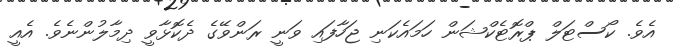
އެވެ. ކޯސްޓަލް ޕްރޮޓެކްޝަން ހަމައެކަނި ޖަހާފައި ވަނީ ރަންވޭގެ ދެކޮޅާވީ ދިމާލުންނެވެ. އެއީ